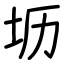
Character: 坜